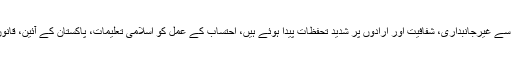
خط میں کہا گیا کہ نیب کے حالیہ اقدامات اور اس کے حکام کے عوامی بیانات سے غیرجانبداری، شفافیت اور ارادوں پر شدید تحفظات پیدا ہوئے ہیں، احتساب کے عمل کو اسلامی تعلیمات، پاکستان کے آئین، قانون، انصاف کے فطری اصولوں اور انسانی عزت و وقار کے مطابق ہونا چاہئے ۔